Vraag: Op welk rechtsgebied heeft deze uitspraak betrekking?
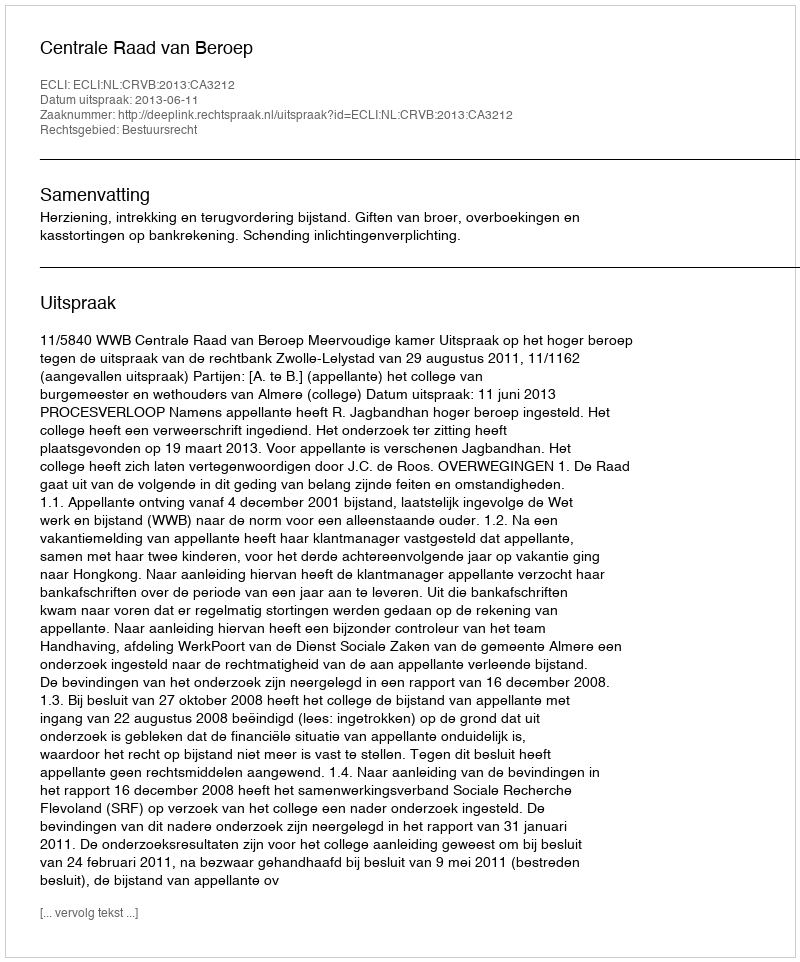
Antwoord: Bestuursrecht